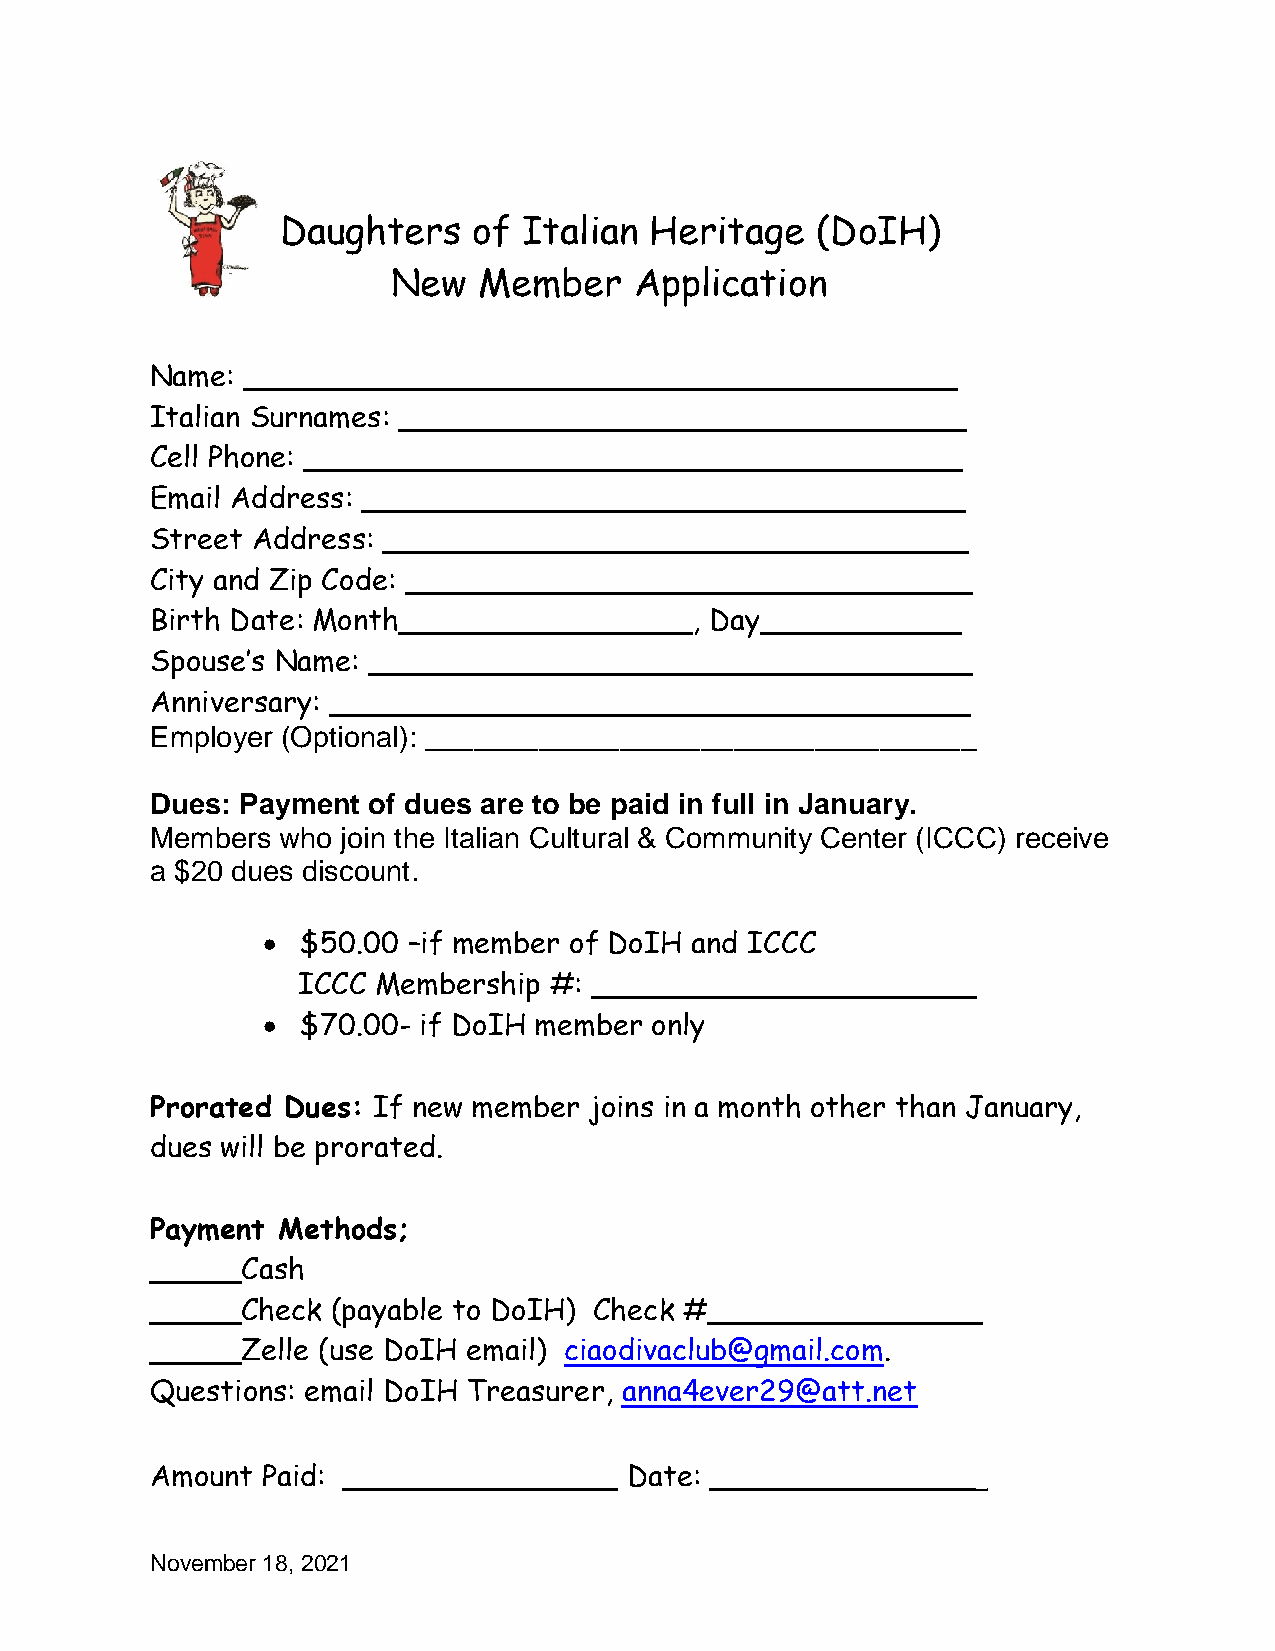
Daughters   of  Italian Heritage   (DoIH)
 New   Member    Application
 Name: _______________________________________
 Italian Surnames: _______________________________
 Cell Phone: ____________________________________
 Email Address: _________________________________
 Street Address: ________________________________
 City and Zip Code: _______________________________
 Birth Date: Month________________,   Day___________
 Spouse’s Name: _________________________________
 Anniversary: ___________________________________
 Employer (Optional): __________________________________
 Dues: Payment of dues are to be paid in full in January.
 Members  who join the Italian Cultural & Community Center (ICCC) receive
 a $20 dues discount.
   $50.00 –if member of DoIH and ICCC
 ICCC Membership #: _____________________
   $70.00- if DoIH member only
 Prorated Dues: If new member joins in a month other than January,
 dues will be prorated.
 Payment Methods;
 _____Cash
 _____Check  (payable to DoIH) Check #_______________
 _____Zelle (use DoIH email) ciaodivaclub@gmail.com.
 Questions: email DoIH Treasurer, anna4ever29@att.net
 Amount Paid: _______________   Date: _______________
 November 18, 2021